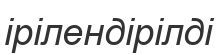
ірілендірілді